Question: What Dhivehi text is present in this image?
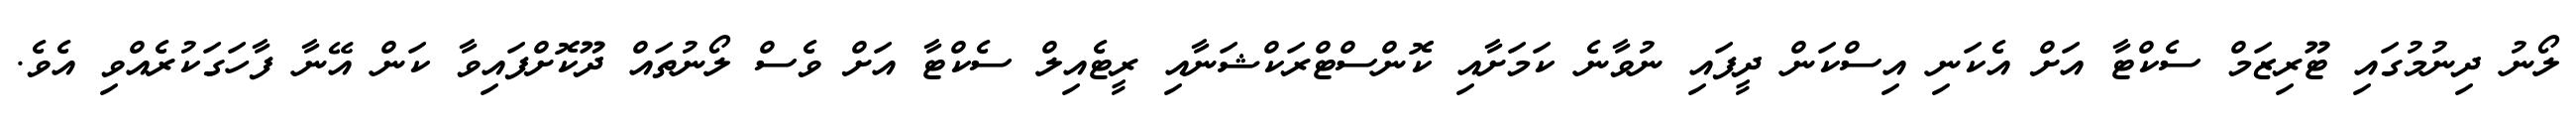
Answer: ލޯނު ދިނުމުގައި ޓޫރިޒަމް ސެކްޓާ އަށް އެކަނި އިސްކަން ދީފައި ނުވާނެ ކަމަށާއި ކޮންސްޓްރަކްޝަނާއި ރީޓެއިލް ސެކްޓާ އަށް ވެސް ލޯނުތައް ދޫކޮށްފައިވާ ކަން އޭނާ ފާހަގަކުރެއްވި އެވެ.